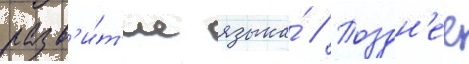
разв'и́т'ие языка́ // Поздн'ее